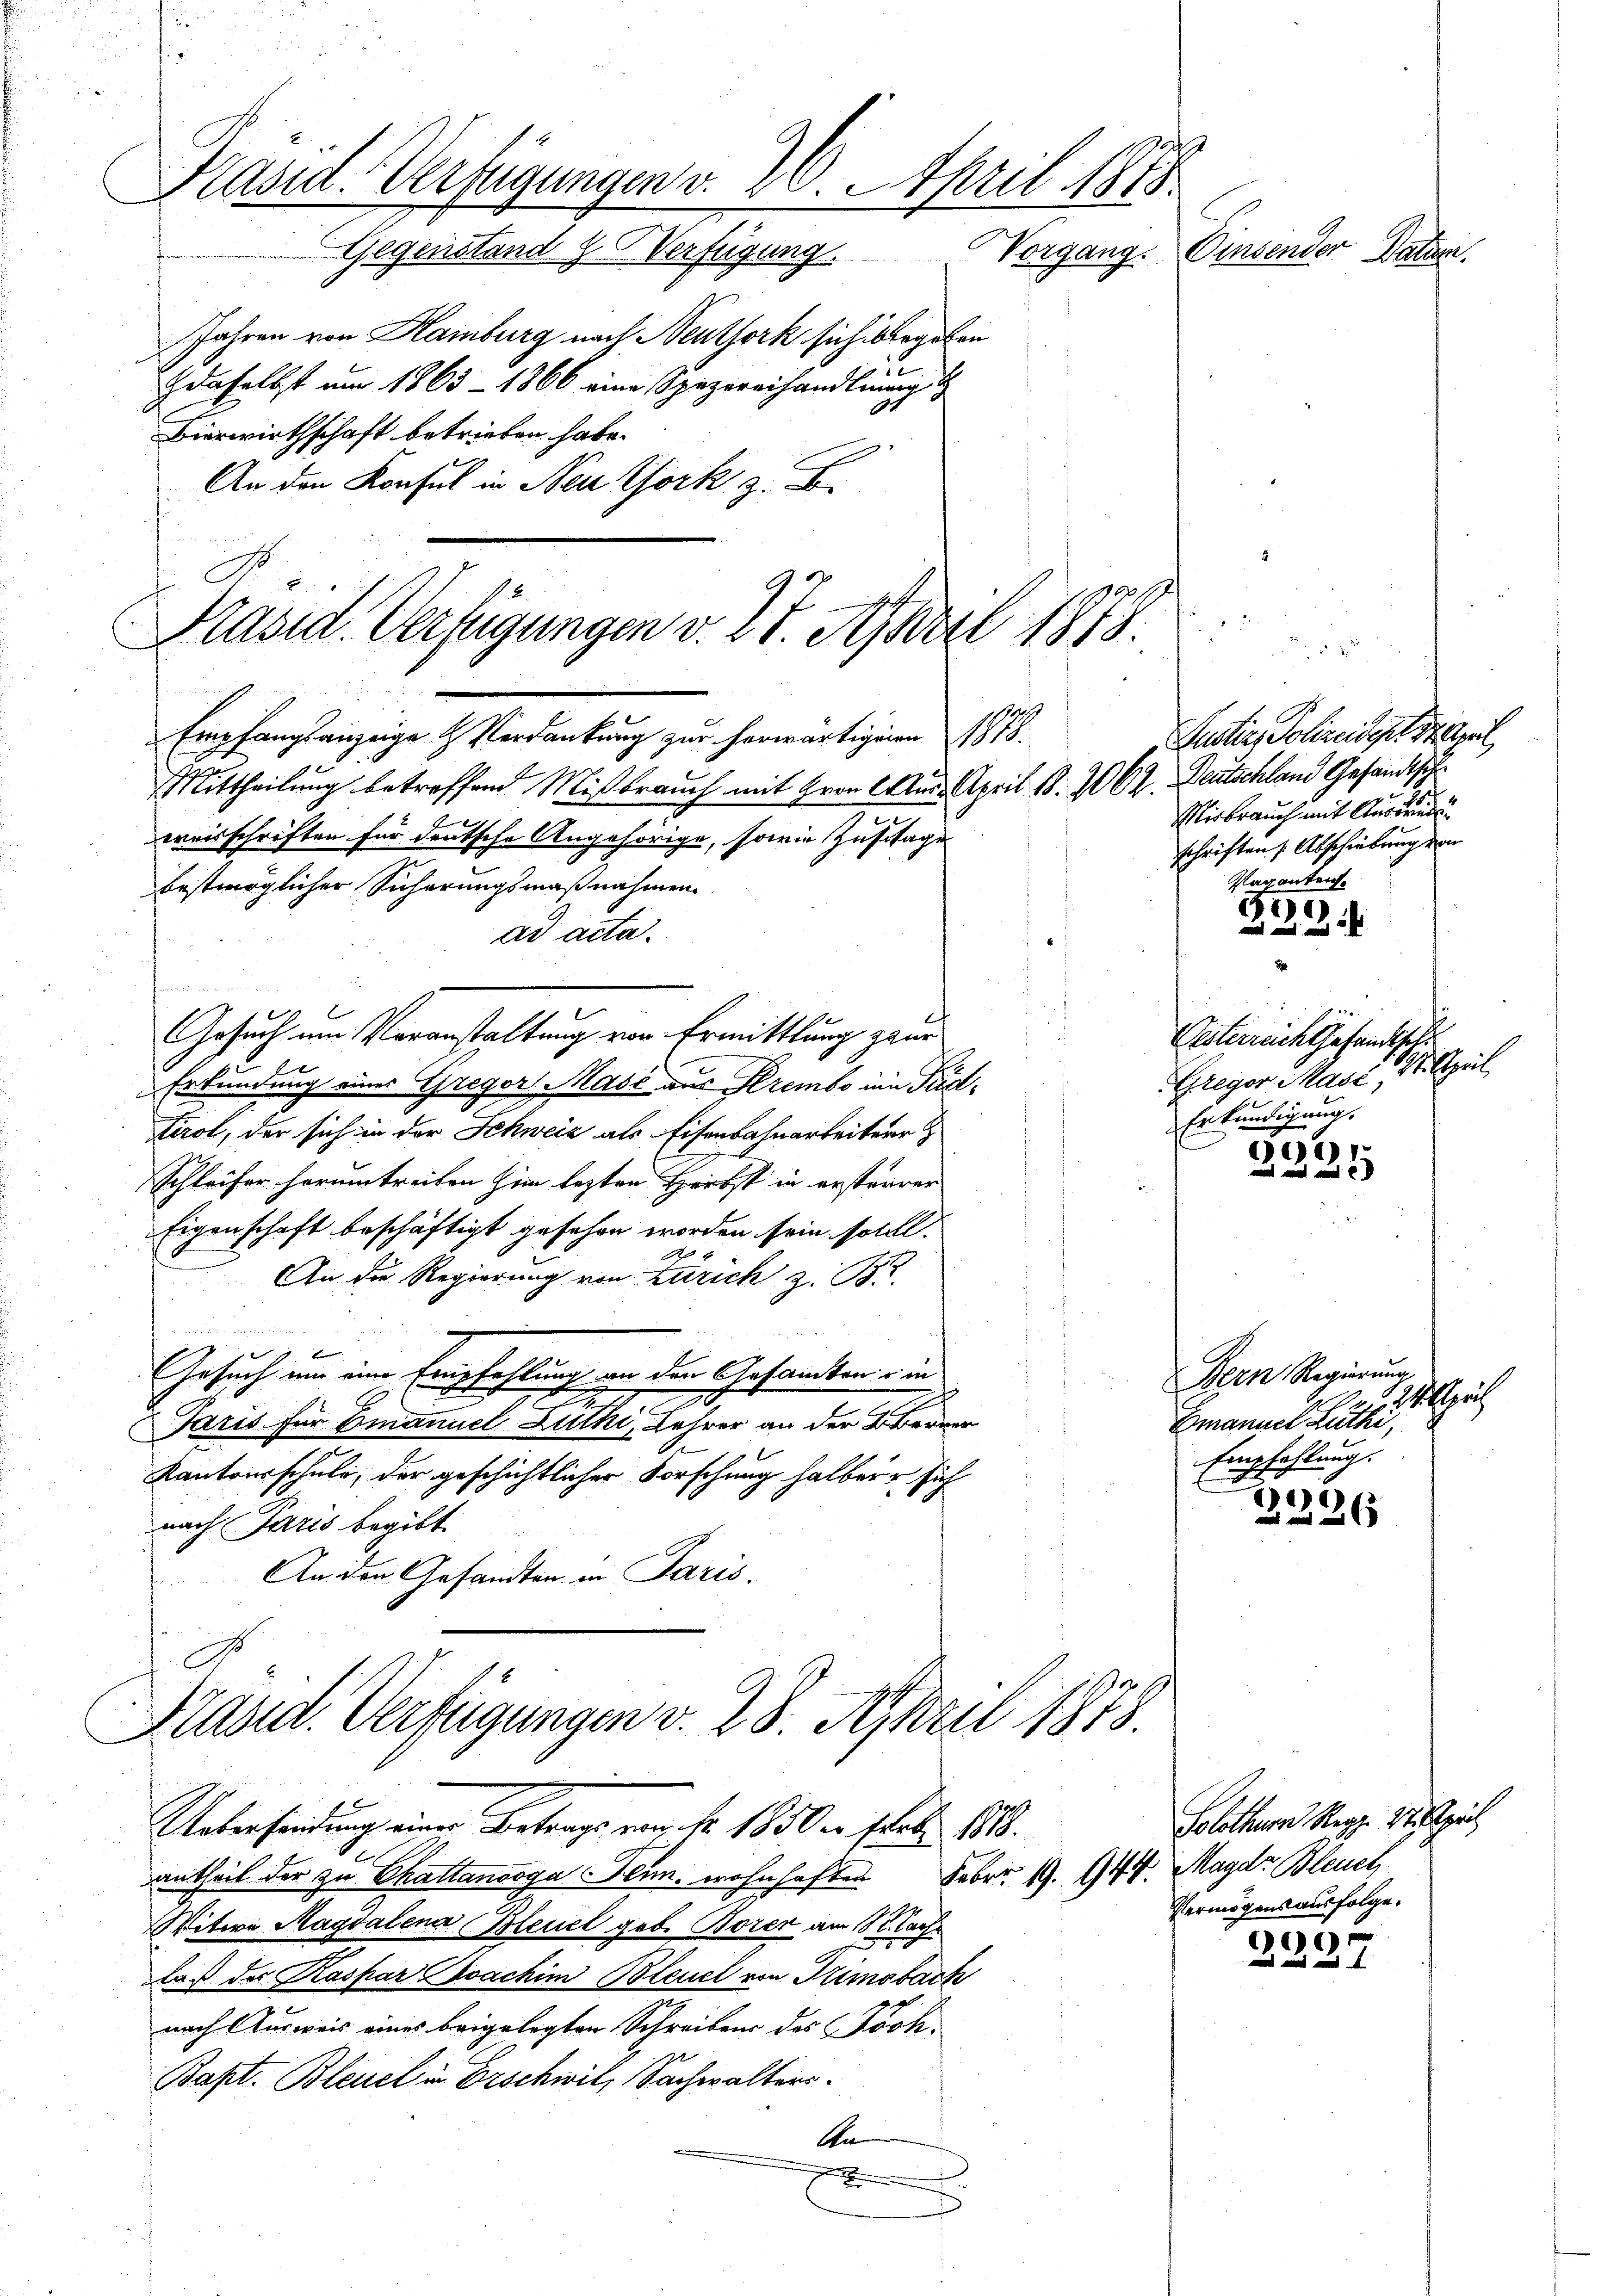
bestmöglicher Sicherungsmaßnahmen.
ad acta.
Gesuch um Veranstaltung von Ermittlung zur

Präsid. Verfügungen v. 30. April 1818.
Gegenstand & Verfügung.
Vorgang. Einsender Vatern.
Jahren von Hamburg nach Neuthork sich begeben
daselbst am 1863 - 1866 eine Spezereihandlung
1917.
Präsid. Verfügungen v. 27. April 1818.

Empfangsanzeige & Verdankung zur herwärtigern 1818.
Justiz, Polizeidirt 14. April
Mittheilung betreffend Mißbrauch mit Hrrn Cur. April 18. 262. Deutschland Gesandtsch
Mirbrauch mit Auskunde
E
ereisschriften für deutsche Angehörige, sowie Zustage
schriften Abschiebung von
Vaganteich.

Bierwirthschaft betrieben habe.
An den Konsul in Neuthork z. B.

s
i
f
Erkundung eines Gregor Mass aus Krembo im Ped
tirol, der sich in der Schweiz als Eisenbahnarbeiterr
Schleifer herumtreiten hin lezten Herbst in erstarrer
Eigenschaft beschäftigt gesehen worden sein sollt.
An die Regierung von Zürich z. B.
Gesuch um eine Empfehlung an der Gesandten in
e
7
Jaris für Emanuel Luthi, Lehrer an der Berner
Kantonsschule, der geschichtlicher Forschung halber sich
nach Paris begibt.
An den Gesandten in Paris.
C
Präsid. Verfügungen v. 28. April 1878.

Uebersendung einer Betrags von fr. 1850 in Febr. 1808.

antheil der zu Challanooga Plun, wohnhaften
Witwe Magdalena Bleuel geb. Boren am 18t. Nachr
daß des Kaspar achim Bleuel von Simsbach
nach Ausweis eines beigelegten Schreiben des Töch-
Bapt. Bleuel in Erschwil, Sachwalters.
An

1
22

e
Oesterreich Gesandtsch
Mittheil
Gregor Mast,
Erkundigung.

06)
.
und mit mit e

Bern Regierung
Arch
Emanuel Luthi,
Empfehlung.

2226

Solothurn Reg. Stipen
Feber 19. 944. Magd. Bleuch
Vermögensausfolge.

6